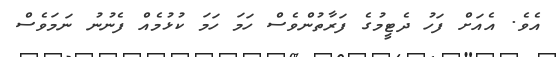
އެވެ. އެއަށް ފަހު ދެޓީމުގެ ފަރާތުންވެސް ހަމަ ހަމަ ކުޅުމެއް ފެެނުނު ނަމަވެސް